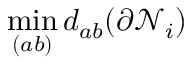
\operatorname* { m i n } _ { ( a b ) } d _ { a b } ( \partial \mathcal N _ { i } )